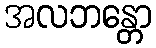
အလဘန္တော